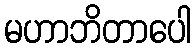
မဟာဘိတာပေါ